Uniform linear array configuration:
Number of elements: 8
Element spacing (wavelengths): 0.5
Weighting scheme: uniform
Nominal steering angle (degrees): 45
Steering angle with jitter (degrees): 46.921
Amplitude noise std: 0.05
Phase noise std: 0.05

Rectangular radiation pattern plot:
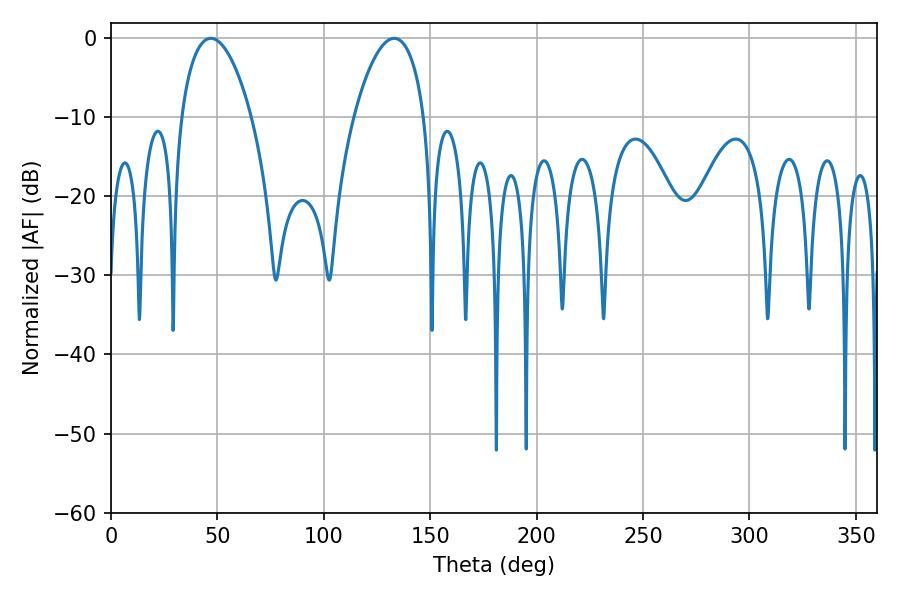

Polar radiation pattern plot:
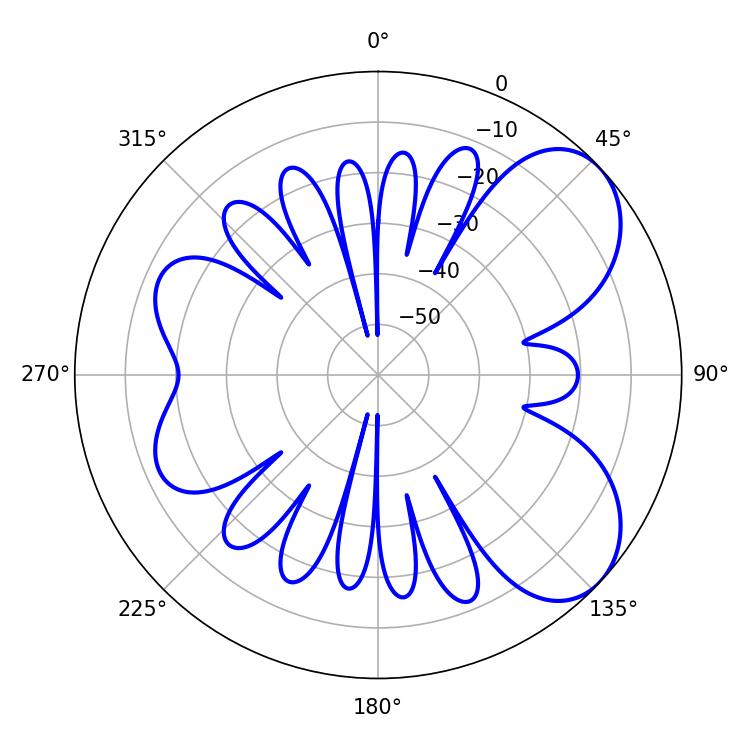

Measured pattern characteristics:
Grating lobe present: FALSE
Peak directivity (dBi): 6.285
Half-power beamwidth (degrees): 18.54
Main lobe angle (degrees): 46.98